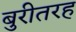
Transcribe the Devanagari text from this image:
बुरीतरह